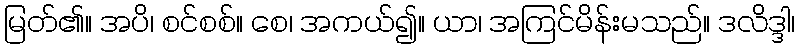
မြတ်၏။ အပိ၊ စင်စစ်။ စေ၊ အကယ်၍။ ယာ၊ အကြင်မိန်းမသည်။ ဒလိဒ္ဒါ၊